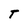
Character: T